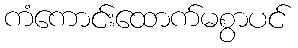
ကံကောင်းထောက်မစွာပင်